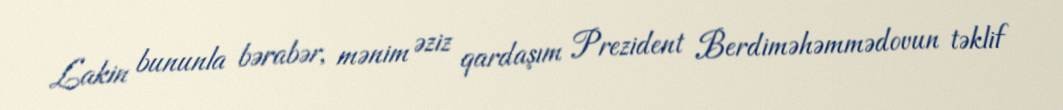
Lakin bununla bərabər, mənim əziz qardaşım Prezident Berdiməhəmmədovun təklif